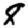
Digit: 8